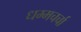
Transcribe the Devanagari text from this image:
धम्मचर्चा